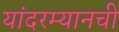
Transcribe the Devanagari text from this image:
यांदरम्यानची